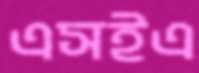
এসইএ